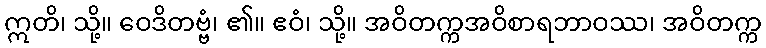
ဣတိ၊ သို့။ ဝေဒိတဗ္ဗံ၊ ၏။ ဧဝံ၊ သို့။ အဝိတက္ကအဝိစာရဘာဝဿ၊ အဝိတက္က